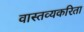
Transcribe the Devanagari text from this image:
वास्तव्यकरिता